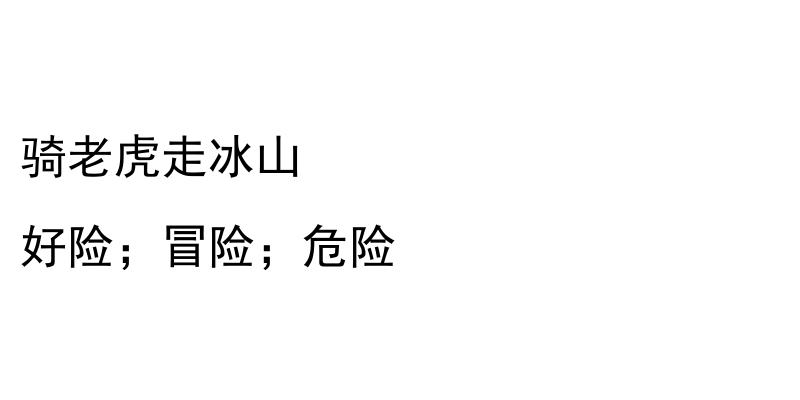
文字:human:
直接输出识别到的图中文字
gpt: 骑老虎走冰山 好险；冒险；危险